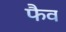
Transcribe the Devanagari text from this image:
फैव